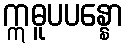
ဣဓူပပန္နော